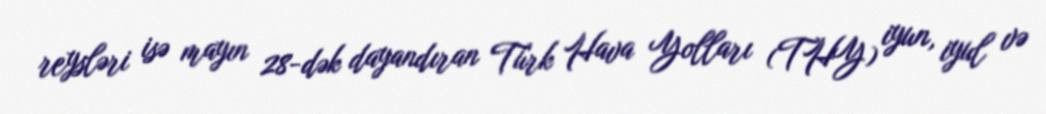
reysləri isə mayın 28-dək dayandıran Türk Hava Yolları (THY) iyun, iyul və